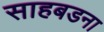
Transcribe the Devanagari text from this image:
साहबडना